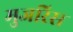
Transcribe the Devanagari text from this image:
मुजरिस